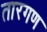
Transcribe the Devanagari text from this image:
तारगण